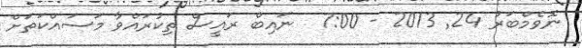
ނޮވެމްބަރު 24